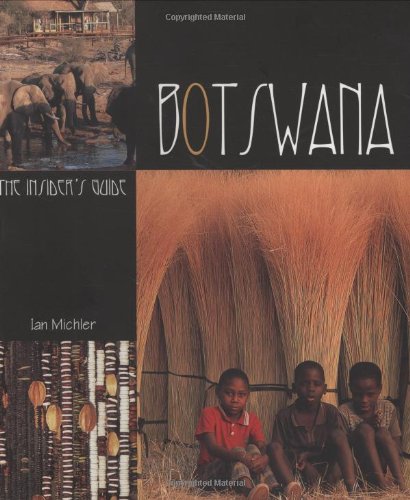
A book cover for Botswana: The Insider's Guide; Ian Michler; Travel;